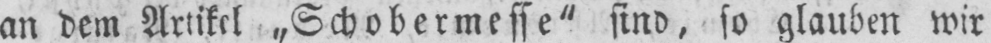
an dem Artikel „Schobermesse“ sind, so glauben wir